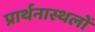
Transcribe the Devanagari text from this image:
प्रार्थनास्थलों